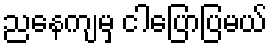
ညနေကျမှ ငါပြောပြမယ်